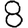
Digit: 8